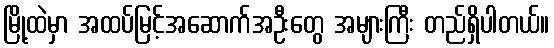
မြို့ထဲမှာ အထပ်မြင့်အဆောက်အဦးတွေ အများကြီး တည်ရှိပါတယ်။